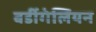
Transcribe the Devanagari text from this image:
बर्डीगेलियन